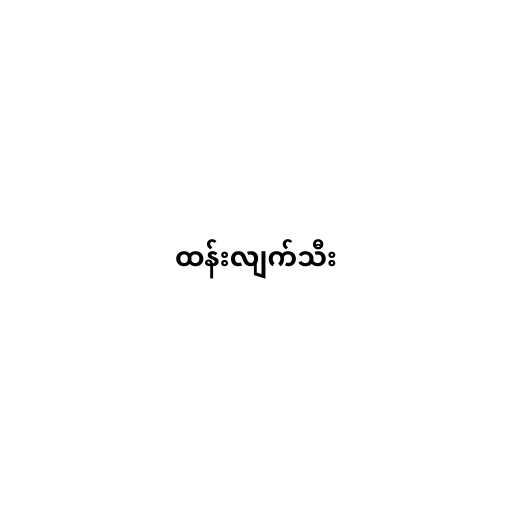
ထန်းလျက်သီး